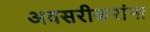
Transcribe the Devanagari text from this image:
अवसरीकरांना